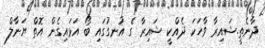
ދާނެތީ.ޝައިރާ ވާހަކަ ދެއްކީ ޝައިރާ ގެ އުނގުގައި ބޯ އަޅައިގެން އޮތް ޔަނާލް